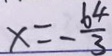
x = - \frac { 6 4 } { 3 }